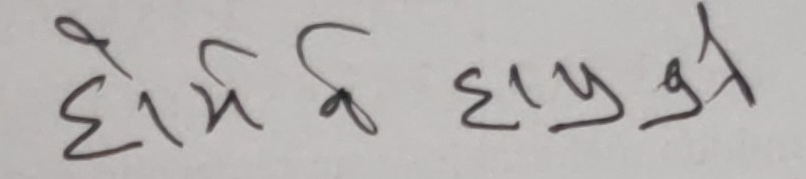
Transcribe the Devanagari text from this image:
होर्मो के होस्।